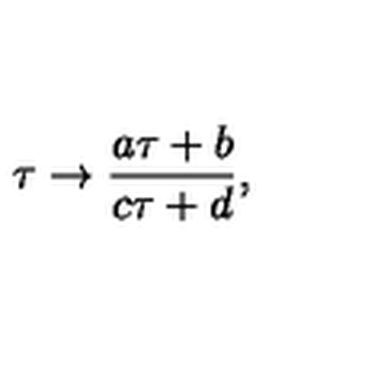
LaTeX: { \tau \to { \frac { a \tau + b } { c \tau + d } } , }